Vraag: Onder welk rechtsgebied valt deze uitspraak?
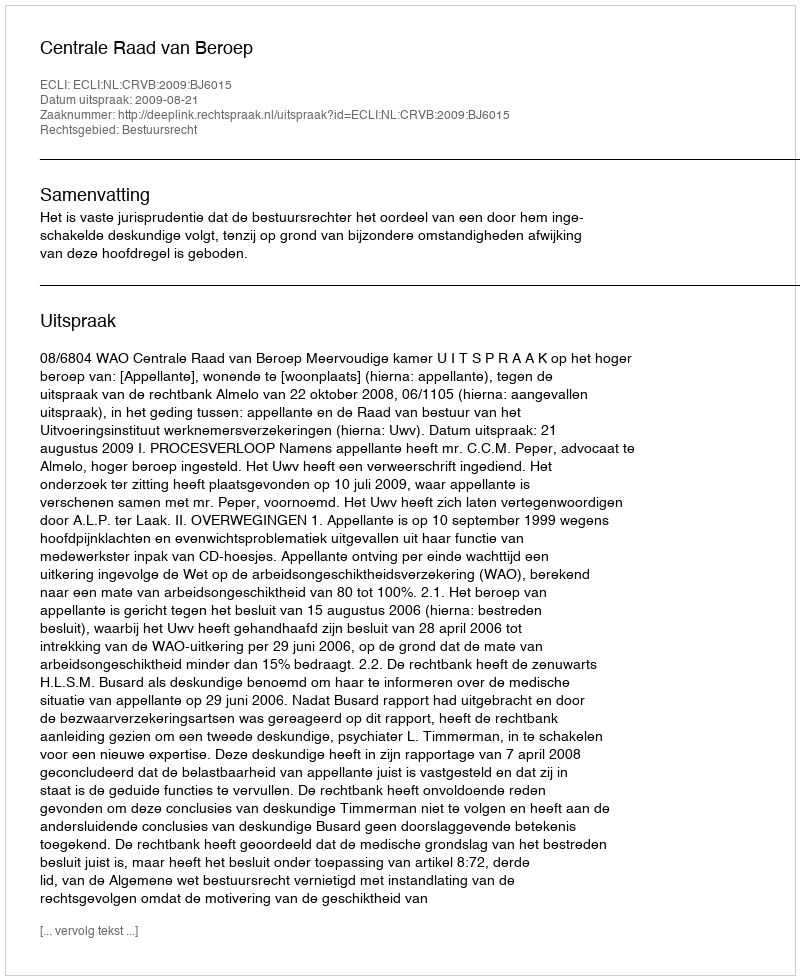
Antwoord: Bestuursrecht